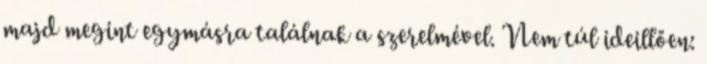
majd megint egymásra találnak a szerelmével. Nem túl ideillően: